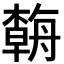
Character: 𱼿